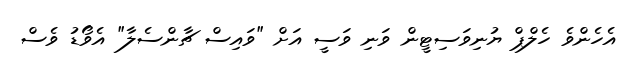
އެހެންވެ ހެލްޕް ޔުނިވަސިޓީން ވަނި ވަސީ އަށް "ވައިސް ޗާންސެލާ" އެވޯޑު ވެސް